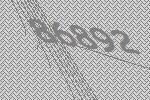
86892